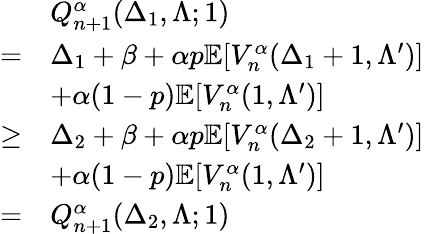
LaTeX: \begin{array}{rl}&{Q_{n+1}^{\alpha}(\Delta_{1},\Lambda;1)}\\ {=}&{\Delta_{1}+\beta+\alpha p\mathbb{E}[V_{n}^{\alpha}(\Delta_{1}+1,\Lambda^{\prime})]}\\ &{+\alpha(1-p)\mathbb{E}[V_{n}^{\alpha}(1,\Lambda^{\prime})]}\\ {\geq}&{\Delta_{2}+\beta+\alpha p\mathbb{E}[V_{n}^{\alpha}(\Delta_{2}+1,\Lambda^{\prime})]}\\ &{+\alpha(1-p)\mathbb{E}[V_{n}^{\alpha}(1,\Lambda^{\prime})]}\\ {=}&{Q_{n+1}^{\alpha}(\Delta_{2},\Lambda;1)}\end{array}